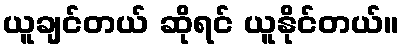
ယူချင်တယ် ဆိုရင် ယူနိုင်တယ်။